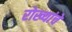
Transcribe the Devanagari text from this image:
रोख्यांचे